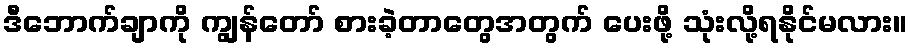
ဒီဘောက်ချာကို ကျွန်တော် စားခဲ့တာတွေအတွက် ပေးဖို့ သုံးလို့ရနိုင်မလား။